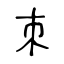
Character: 朿